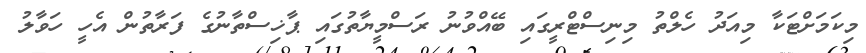
މިކަމަށްޓަކާ މިއަދު ހެލްތު މިނިސްޓްރީގައި ބޭއްވުނު ރަސްމީޔާތުގައި ޕާޚިސްތާނުގެ ފަރާތުން އެހީ ހަވާލު